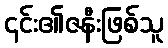
၎င်း၏ဇနီးဖြစ်သူ